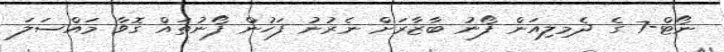
ނޯޓް-7 ގެ ދެމިލިއަން ފޯނު ބާޒާރަށް ނެރުނު ފަހުން ފޯނުތައް ގޮވާ މައްސަލަ